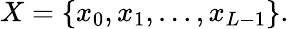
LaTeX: X=\{ x_{0},x_{1},\ldots,x_{L-1}\} .